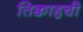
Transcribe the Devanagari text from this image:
तिक्वाहची